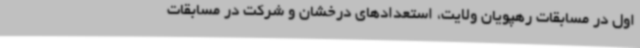
اول در مسابقات رهپویان ولایت، استعدادهای درخشان و شرکت در مسابقات